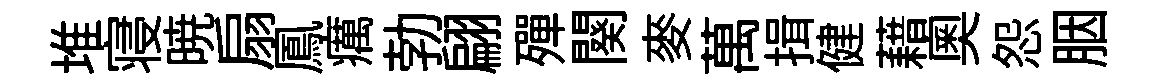
堆寝暁扇鳳癘勃翩殫闋麥萬揖健藉奧怨胭